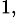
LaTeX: ^{1,}